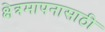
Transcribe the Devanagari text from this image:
क्षेत्रमापनासाठी